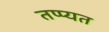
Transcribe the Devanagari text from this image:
तप्प्यत